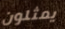
يمثلون